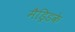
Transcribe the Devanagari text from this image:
मैड्रिडके